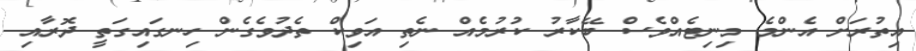
އިތުރަށް އެންމެ މިނިޓެއްވެސް ބޭކާރު ކުރުމެއް ނެތި އަވިކް ތެދުވެގެން ހިނގައިގަތީ ދޮރާއި